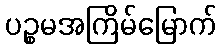
ပဉ္စမအကြိမ်မြောက်